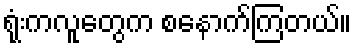
ရုံးကလူတွေက စနောက်ကြတယ်။